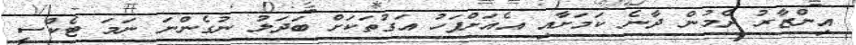
އިންޒާރު ދެމުން ދާނެ ކަމަށާއި އެއަށްފަހު އަގުތަކަށް ބަދަލު ނުގެންނަ ނަމަ ޓެކްސީ